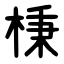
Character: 棅